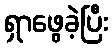
ရှာဖွေခဲ့ပြီး